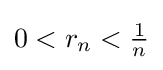
0<r_{n}<{\tfrac {1}{n}}